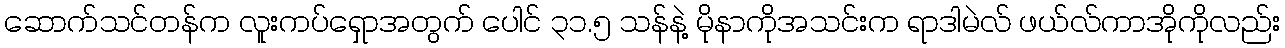
ဆောက်သင်တန်က လူးကပ်ရှောအတွက် ပေါင် ၃၁.၅ သန်နဲ့ မိုနာကိုအသင်းက ရာဒါမဲလ် ဖယ်လ်ကာအိုကိုလည်း